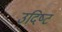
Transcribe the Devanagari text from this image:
उदिष्‍ट